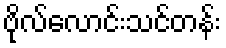
ဗိုလ်လောင်းသင်တန်း